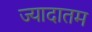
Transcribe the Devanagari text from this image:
ज्यादातम